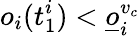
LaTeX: o_{i}(t_{1}^{i})<\underline{o}_{i}^{v_{c}}